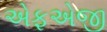
એફએજી